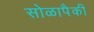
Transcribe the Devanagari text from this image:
सोळापैकी